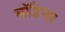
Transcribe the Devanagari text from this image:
मॉडेना